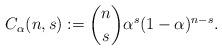
LaTeX: \begin{align*}C_{\alpha}(n,s):={n \choose s}\alpha^s(1-\alpha)^{n-s}.\end{align*}